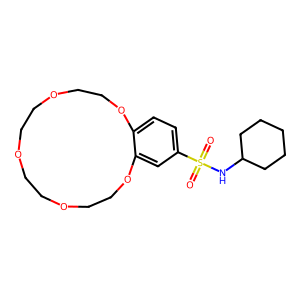
SMILES: O=S(=O)(NC1CCCCC1)c1ccc2c(c1)OCCOCCOCCOCCO2
Inhibits HIV replication: No